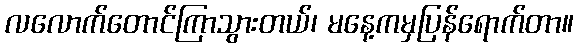
လလောက်တောင်ကြာသွားတယ်၊ မနေ့ကမှပြန်ရောက်တာ။